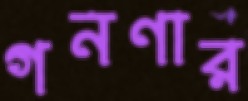
গনণার